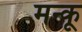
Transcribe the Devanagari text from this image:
मन्कू